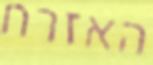
האזרח